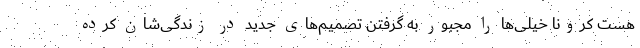
هست کرونا خیلی‌ها را مجبور به گرفتن تصمیم‌های جدید در زندگی‌شان کرده